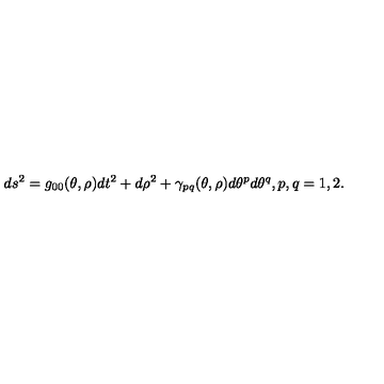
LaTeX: d s ^ { 2 } = g _ { 0 0 } ( \theta , \rho ) d t ^ { 2 } + d \rho ^ { 2 } + \gamma _ { p q } ( \theta , \rho ) d \theta ^ { p } d \theta ^ { q } , { } p , q = 1 , 2 .